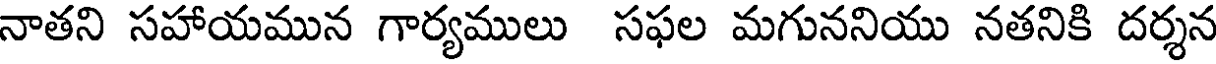
నాతని సహాయమున గార్యములు సఫల మగుననియు నతనికి దర్శన